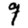
Digit: 9